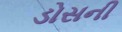
ડોસની